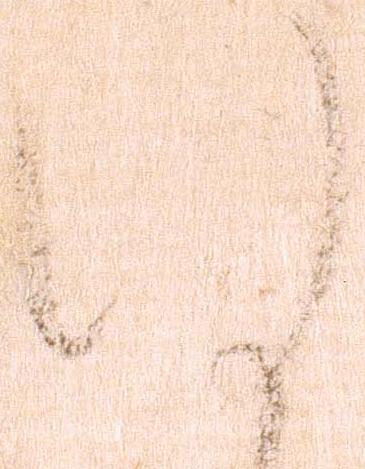
謹